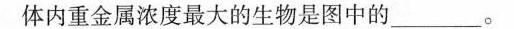
体内重金属浓度最大的生物是图中的____。